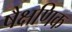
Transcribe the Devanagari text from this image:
षैक्षणिक